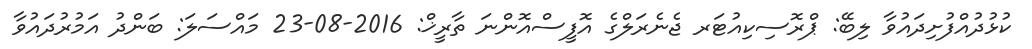
ކުޅުދުއްފުށިދައުވާ ލިބޭ: ޕްރޮސިކިއުޓަރ ޖެނެރަލްގެ އޮފީސްއޮންނަ ތާރީޚް: 2016-08-23 މައްސަލަ: ބަންދު އަމުރުދައުވާ